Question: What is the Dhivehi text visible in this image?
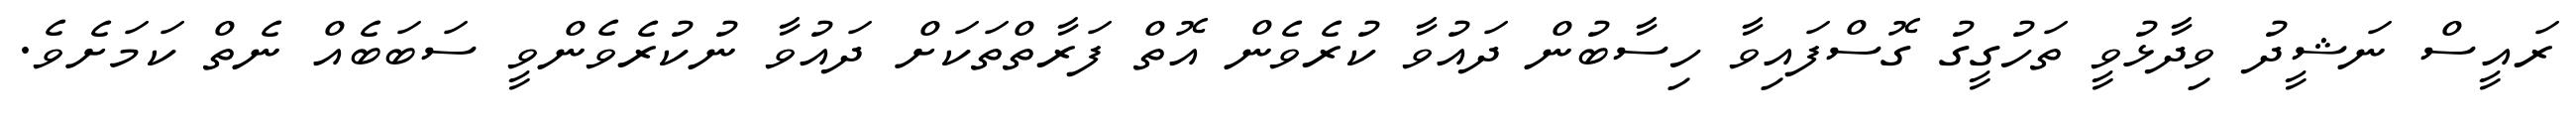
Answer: ރައީސް ނަޝީދު ވިދާޅުވީ ތަހުގީގު ގޮސްފައިވާ ހިސާބުން ދައުވާ ކުރެވެން އޮތް ފަރާތްތަކަށް ދައުވާ ނުކުރެވެންވީ ސަބަބެއް ނެތް ކަމަށެވެ.